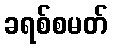
ခရစ်စမတ်